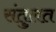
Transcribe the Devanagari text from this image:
संतुलत